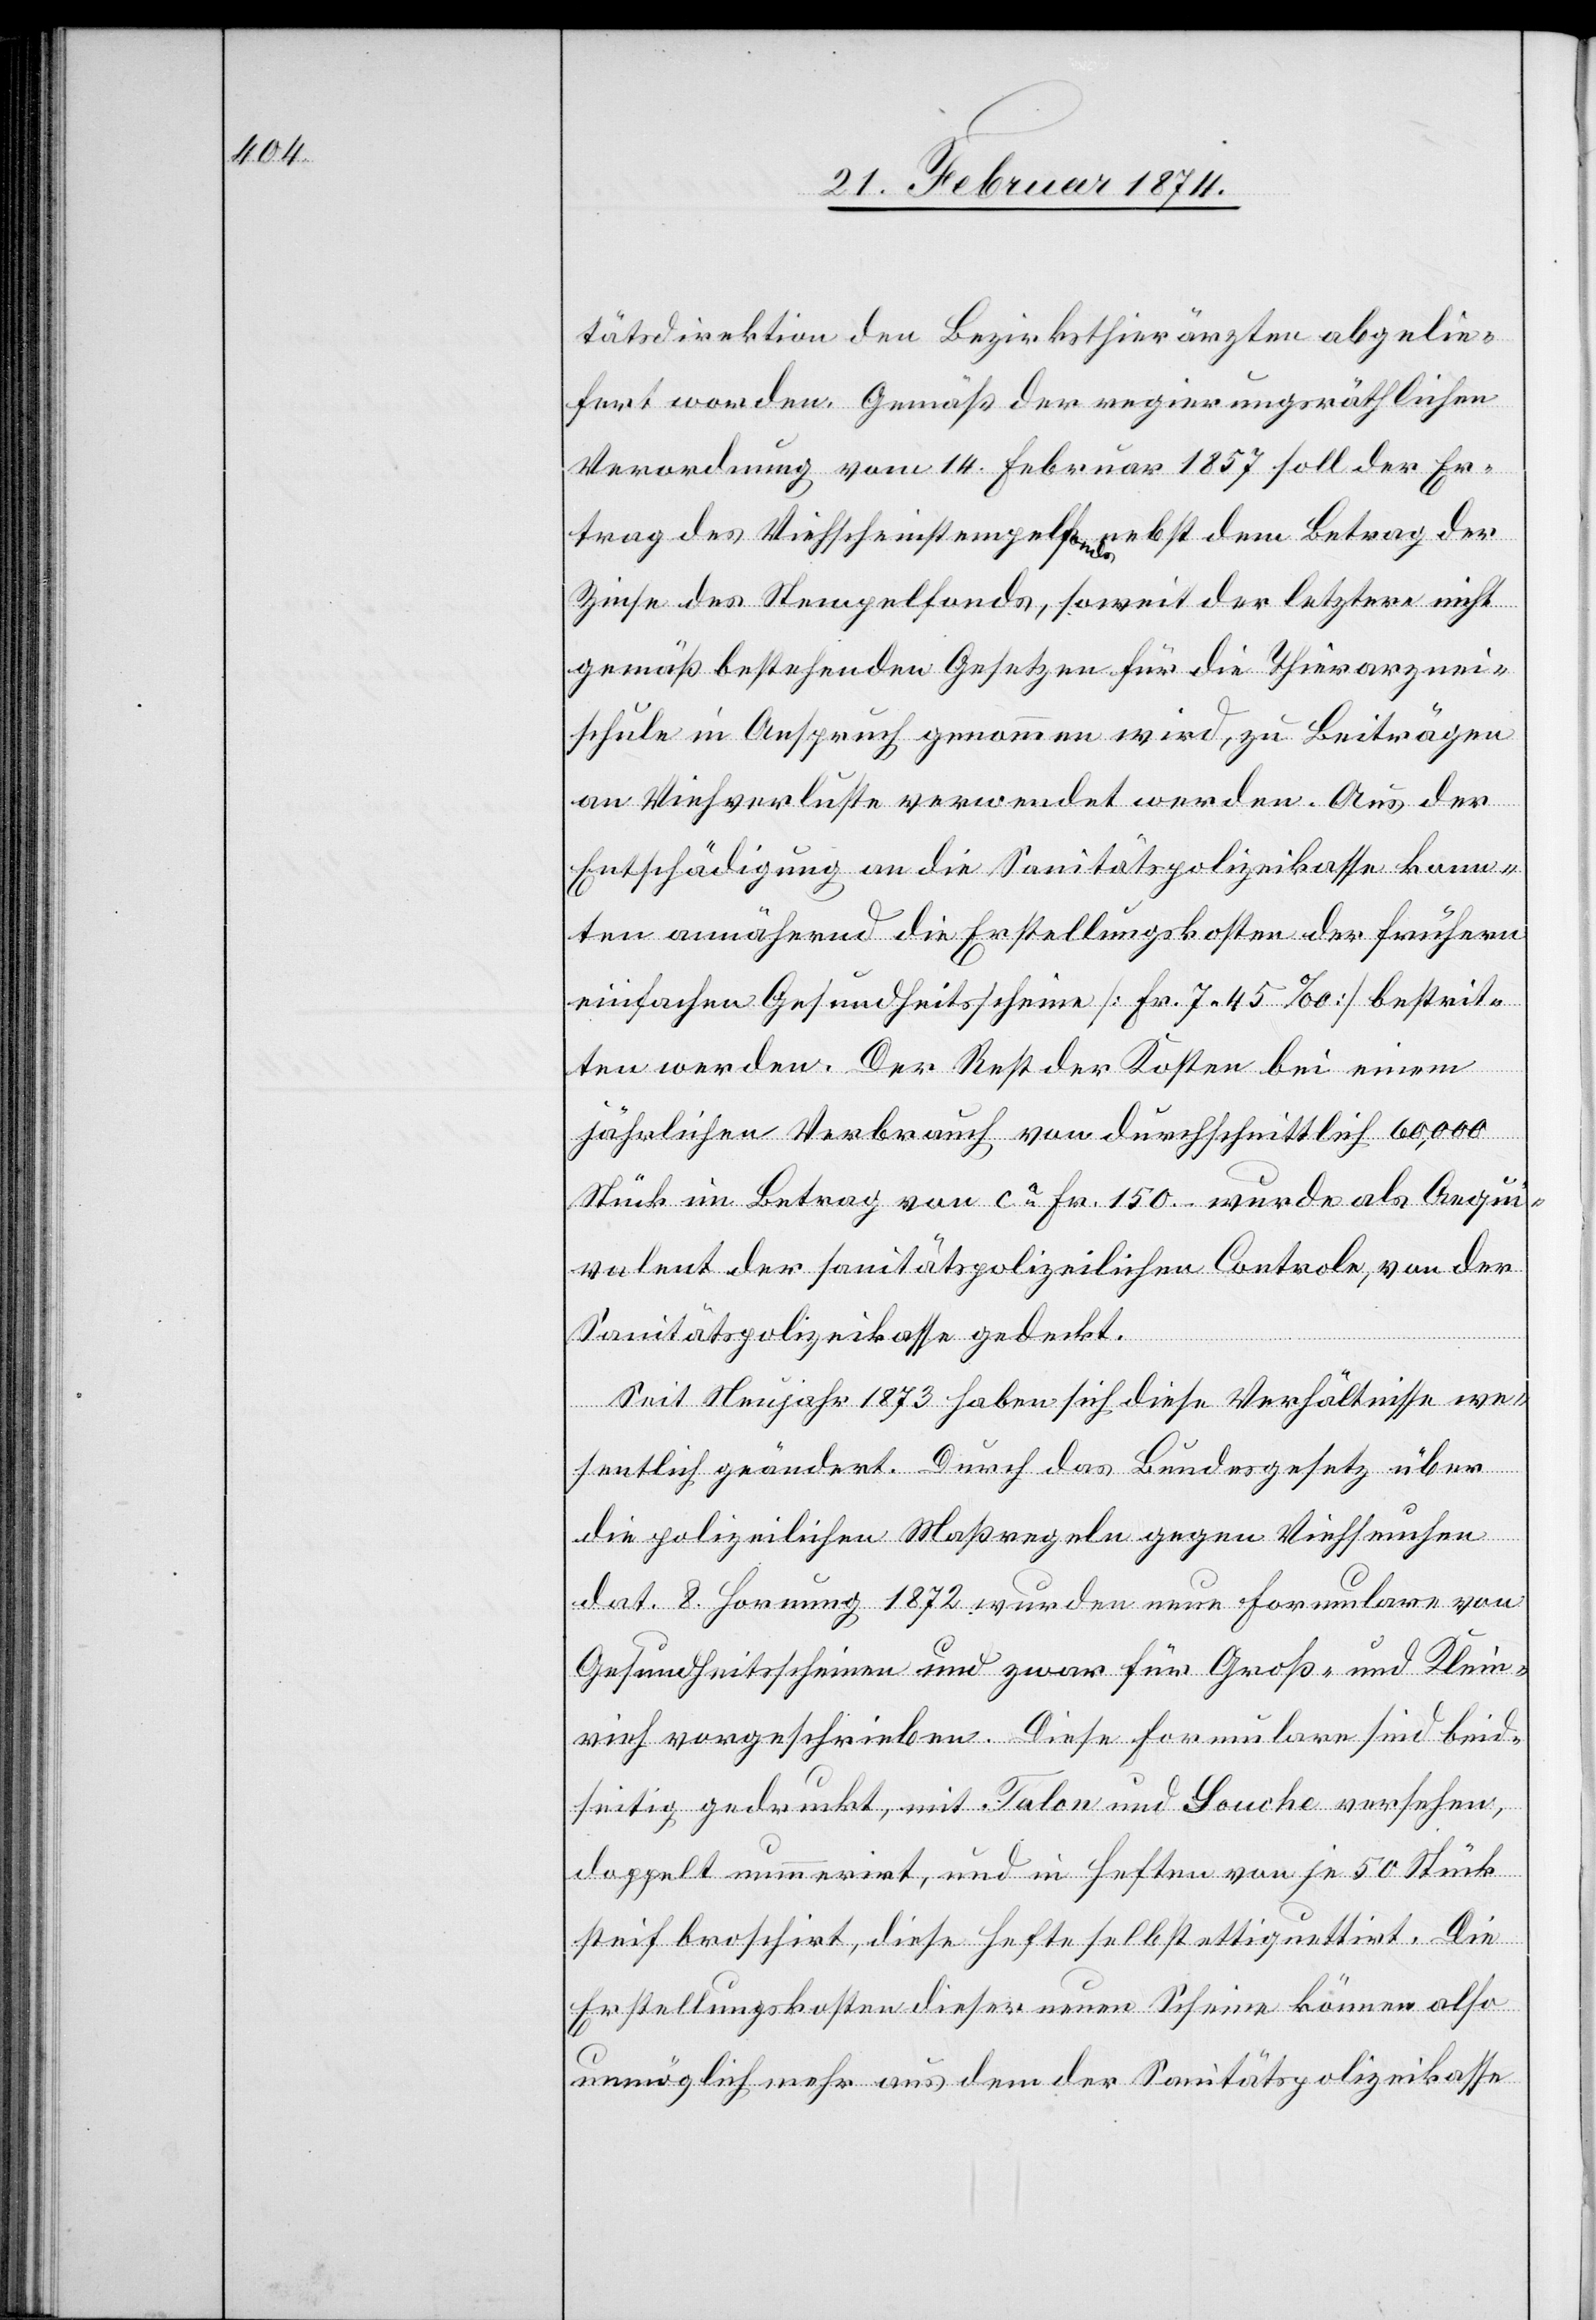
tätsdirektion den Bezirksthierärzten abgelie¬
fert worden. Gemäß der regierungsräthlichen
Verordnung vom 14. Februar 1857 soll der Er¬
trag des Viehscheinstempelfonds nebst dem Betrag der
Zinse des Stempelfonds, soweit der letztere nicht
gemäß bestehenden Gesetzen für die Thierarznei¬
schule in Anspruch genommen wird, zu Beiträgen
an Viehverluste verwendet werden. Aus der
Entschädigung an die Sanitätspolizeikasse konn¬
ten annähernd die Erstellungskosten der früheren
einfachen Gesundheitsscheine [Fr. 7.45‰] bestrit¬
ten werden. Der Rest der Kosten bei einem
jährlichen Verbrauch von durchschnittlich 60,000
Stück im Betrag von ca Fr. 150 wurde als Aequi¬
valent der sanitätspolizeilichen Controle, von der
Sanitätspolizeikasse gedeckt.
Seit Neujahr 1873 haben sich diese Verhältnisse we¬
sentlich geändert. Durch das Bundesgesetz über
die polizeilichen Maßregeln gegen Viehseuchen
dat. 8. Hornung 1872 wurden neue Formulare von
Gesundheitsscheinen und zwar für Groß- und Klein¬
vieh vorgeschrieben. Diese Formulare sind beid¬
seitig gedruckt, mit Talon und Souche versehen,
doppelt nummerirt, und in Heften von je 50 Stück
steif broschirt, diese Hefte selbst ettiquettirt. Die
Erstellungskosten dieser neuen Scheine können also
unmöglich mehr aus dem der Sanitätspolizeikasse